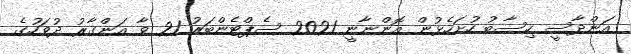
އަންދާސީ ހިސާބު ހުށަހެޅުން އޮންނާނީ 2021 ސެޕްޓެންބަރު 21 ވާ އަންގާރު ދުވަހުގެ